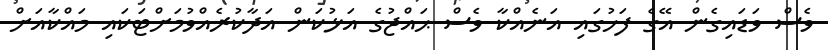
ވެސް ވަޑައިގެން އޭގެ ފަހުގައި އަނެއްކާ ވެސް ޙައްޖުގެ އަޅުކަން އަދާކުރެއްވުމަށްޓަކައި މައްކާއަށް